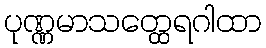
ပုဏ္ဏမာသတ္ထေရဂါထာ